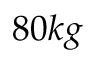
8 0 k g